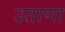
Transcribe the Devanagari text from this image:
उताणा